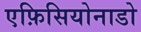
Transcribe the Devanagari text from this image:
एफ़िसियोनाडो